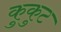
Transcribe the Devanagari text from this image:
कुकुट